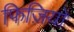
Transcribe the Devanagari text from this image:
फिज़ियो